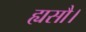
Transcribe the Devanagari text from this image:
ह्यसौ।